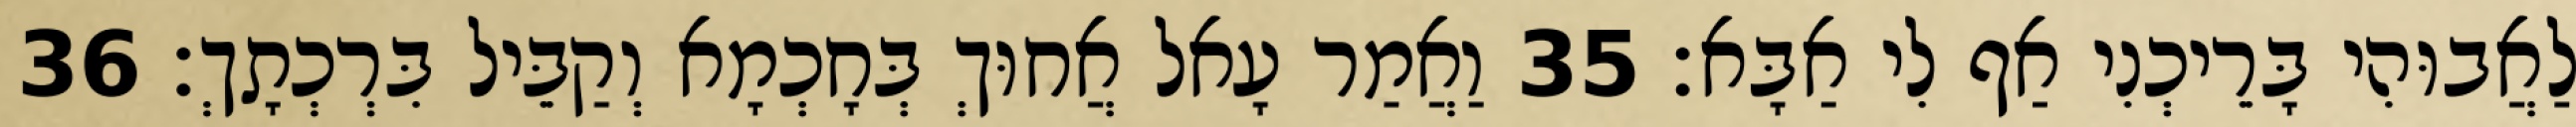
לַאֲבוּהִי בָּרֵיכְנִי אַף לִי אַבָּא׃ 35 וַאֲמַר עָאל אֲחוּךְ בְּחָכְמָא וְקַבֵּיל בִּרְכְתָךְ׃ 36